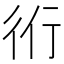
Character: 𧗞